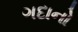
ગદાનો